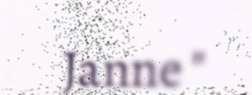
Janne "